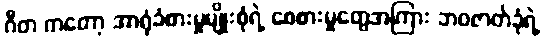
ဂီတ ကတော့ အာရုံခံစားမှုမျိုးစုံရဲ့ စေစားမှုတွေအကြား ဘဝဇာတ်ခုံရဲ့